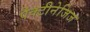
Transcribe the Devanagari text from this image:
पैक्टीनेजिज